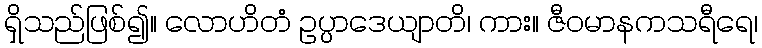
ရှိသည်ဖြစ်၍။ လောဟိတံ ဥပ္ပာဒေယျာတိ၊ ကား။ ဇီဝမာနကသရီရေ၊